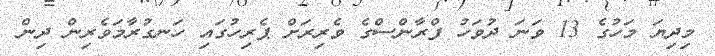
މިދިޔަ މަހުގެ 13 ވަނަ ދުވަހު ފްރާންސްގެ ވެރިރަށް ޕެރިހުގައި ހަނގުރާމަވެރިން ދިން